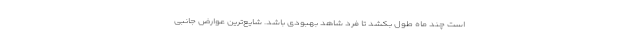
است چند ماه طول بکشد تا فرد شاهد بهبودی باشد. شایع‌ترین عوارض جانبی